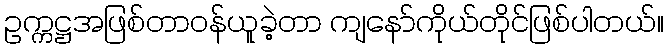
ဥက္ကဋ္ဌအဖြစ်တာဝန်ယူခဲ့တာ ကျနော်ကိုယ်တိုင်ဖြစ်ပါတယ်။